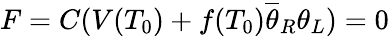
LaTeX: F=C(V(T_{0})+f(T_{0})\overline{{{\theta}}}_{R}\theta_{L})=0